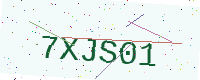
Text: 7XJS01